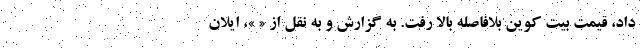
داد، قیمت بیت کوین بلافاصله بالا رفت. به گزارش و به نقل از « »، ایلان